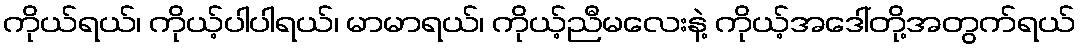
ကိုယ်ရယ်၊ ကိုယ့်ပါပါရယ်၊ မာမာရယ်၊ ကိုယ့်ညီမလေးနဲ့ ကိုယ့်အဒေါ်တို့အတွက်ရယ်